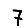
Digit: 7